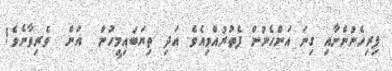
ފިރިހެނުންނާއި ގިނަ އަންހެނުން ފެތުރުއްވިއެވެ. އަދި ތިޔަބައިމީހުން  އަށް  ވެރިވާށެވެ!